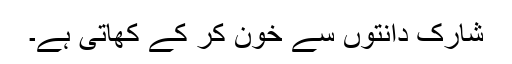
شارک دانتوں سے خون کر کے کھاتی ہے۔